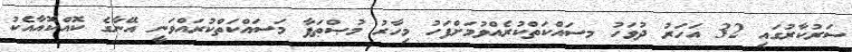
ސަރުކާރުގައި 32 އަހަރު ދުވަހު މސައްކަތްކުރެއްވުމަށްފަހު މިހާރު މުޞްޠަފާ މަސައްކަތްކުރައްވަނީ އޭނާގެ ކޮއްކޮއާއެކު